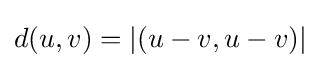
d(u,v)=\vert (u-v,u-v)\vert